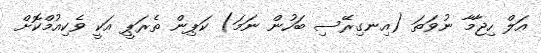
އަލް ހިޖާމާ ނުވަތަ (އިނގިރޭސި ބަހުން ނަމަ) ކަޕިން ތެރަޕީ އަކީ ވެކިއުމްކޮށް